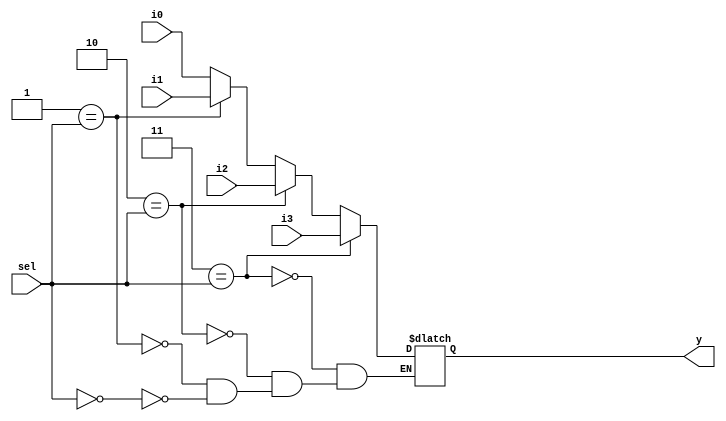
module mux_generate (input i0 , input i1, input i2 , input i3 , input [1:0] sel  , output reg y);
wire [3:0] i_int;
assign i_int = {i3,i2,i1,i0};
integer k;
always @ (*)
begin
for(k = 0; k < 4; k=k+1) begin
	if(k == sel)
		y = i_int[k];
end
end
endmodule